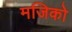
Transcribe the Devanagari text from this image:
मजिको